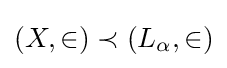
(X,\in )\prec (L_{\alpha },\in )